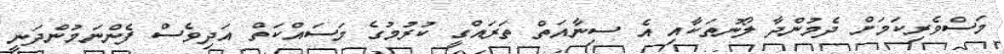
މަސްވެރިކަމަށް ދެމުންދާ ލޯނުތަކާއި އެ ސިނާއަތް ތަރައްގީ ކުރުމުގެ މަސައްކަތް އަދިވެސް ފެންނަމުންދަނީ